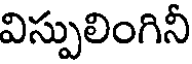
విస్పులింగినీ